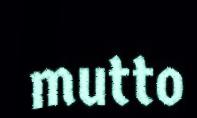
mutto